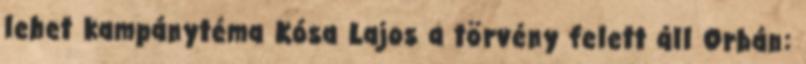
lehet kampánytéma Kósa Lajos a törvény felett áll Orbán: